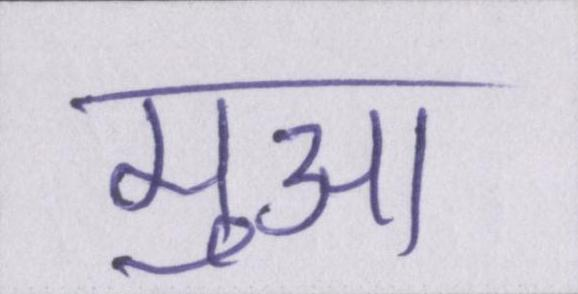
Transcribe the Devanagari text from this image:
मुआ